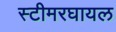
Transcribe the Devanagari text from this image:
स्टीमरघायल